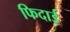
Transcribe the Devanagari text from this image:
फिदाई